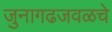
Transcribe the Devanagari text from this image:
जुनागढजवळचे